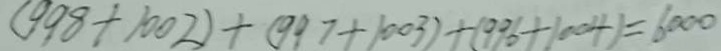
( 9 9 8 + 1 0 0 2 ) + ( 9 9 7 + 1 0 0 3 ) + ( 9 9 6 + 1 0 0 4 ) = 6 0 0 0